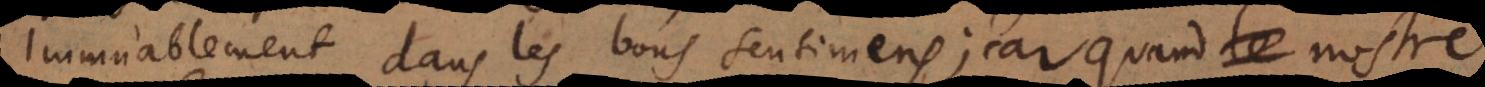
immuablement dans les bons sentimens; car quand nostre